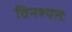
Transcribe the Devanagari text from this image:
विनश्यतः